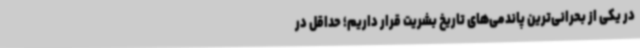
در یکی از بحرانی‌ترین پاندمی‌های تاریخ بشریت قرار داریم؛ حداقل در